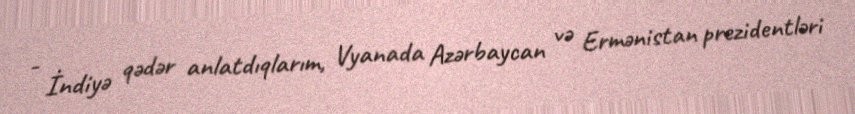
- İndiyə qədər anlatdıqlarım, Vyanada Azərbaycan və Ermənistan prezidentləri